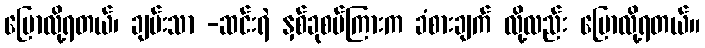
ပြောလို့ရတယ်၊ ချမ်းသာ -ဆင်းရဲ နှစ်ခုစပ်ကြားက ခံစားချက် လို့လည်း ပြောလို့ရတယ်။